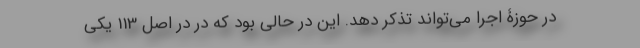
در حوزۀ اجرا می‌تواند تذکر دهد. این در حالی بود که در در اصل 113 یکی